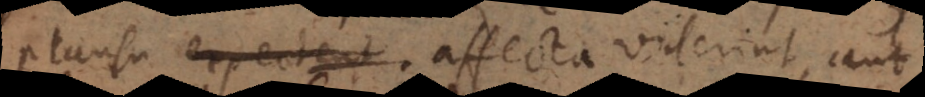
plausu expectent affecta viderint, aut